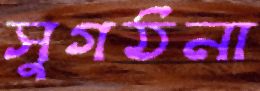
সুগঠনা